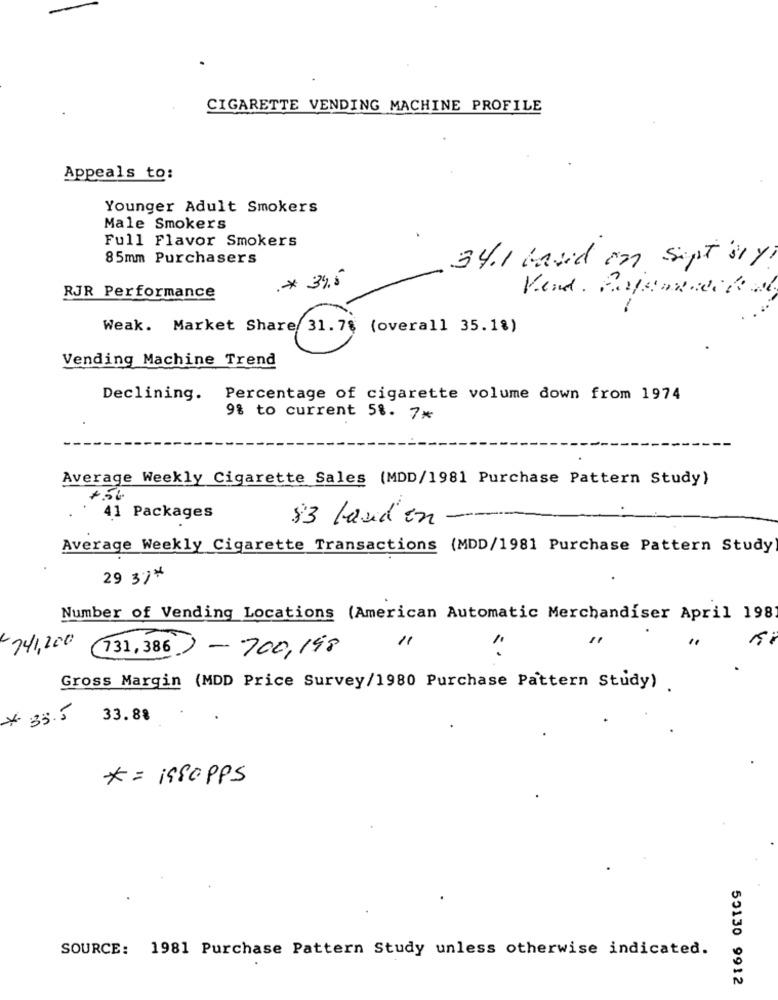
CIGARETTE VENDING MACHINE PROFILE
Appeals to:
Younger Adult Smokers
Male Smokers
Full Flavor Smokers
85mm Purchasers
34.1 based on sept ary?
.* 34.5
RJR Performance
Kend. Pojemnach al
Weak. Market Share 31.78 (overall 35.1%)
Vending Machine Trend
Declining.
Percentage of cigarette volume down from 1974
9% to current 58. 7*
Average Weekly Cigarette Sales (MDD/1981 Purchase Pattern Study)
41 Packages
83 loud on
Average Weekly Cigarette Transactions (MDD/1981 Purchase Pattern Study
29 3%*
Number of Vending Locations (American Automatic Merchandiser April 198
741,200
131, 386
)- 700, 198
..
Gross Margin (MDD Price Survey/1980 Purchase Pattern Study)
* 35.5
33.88
*= isSopps
SOURCE: 1981 Purchase Pattern Study unless otherwise indicated.
53130 9912